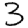
Digit: 3